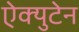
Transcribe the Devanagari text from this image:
ऐक्युटेन